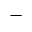
-